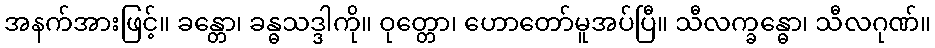
အနက်အားဖြင့်။ ခန္တော၊ ခန္ဓသဒ္ဒါကို။ ဝုတ္တော၊ ဟောတော်မူအပ်ပြီ။ သီလက္ခန္ဓော၊ သီလဂုဏ်။